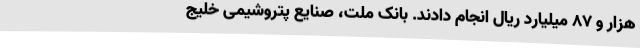
هزار و ۸۷ میلیارد ریال انجام دادند. بانک ملت، صنایع پتروشیمی خلیج